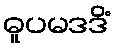
ဓူပမဒဒိံ